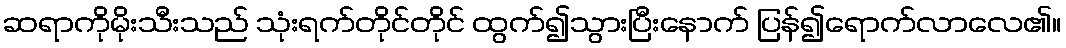
ဆရာကိုမိုးသီးသည် သုံးရက်တိုင်တိုင် ထွက်၍သွားပြီးနောက် ပြန်၍ရောက်လာလေ၏။